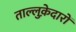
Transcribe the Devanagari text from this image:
ताल्लुक़ेदारों